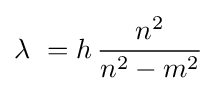
\lambda \ =h\,{\frac {n^{2}}{n^{2}-m^{2}}}